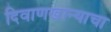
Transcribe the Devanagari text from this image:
दिवाणखान्याचा